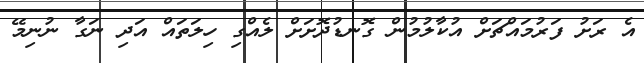
އެ ރަށު ފަރުމައްޗަށް އުކާލުމުން ގޮނޑުދޮށަށް ލެއްގި ހިލަތައް އަދި ނަގާ ނުނިމޭ